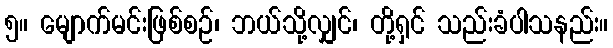
၅။ မျောက်မင်းဖြစ်စဉ်၊ ဘယ်သို့လျှင်၊ တို့ရှင် သည်းခံပါသနည်း။